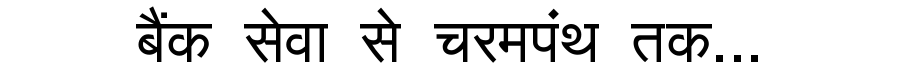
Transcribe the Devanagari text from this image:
बैंक सेवा से चरमपंथ तक...